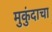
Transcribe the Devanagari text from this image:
मुकुंदाचा